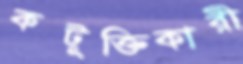
কটূক্তিকারী